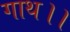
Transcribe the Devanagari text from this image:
गाथ।।